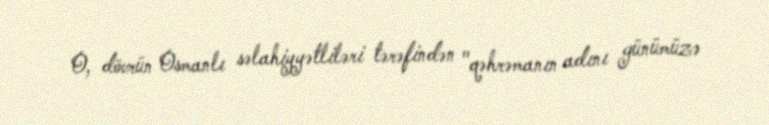
O, dövrün Osmanlı səlahiyyətliləri tərəfindən "qəhrəmanın adını günümüzə